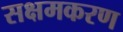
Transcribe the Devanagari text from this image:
सक्षमकरण